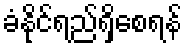
ခံနိုင်ရည်ရှိစေရန်